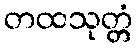
တထသုတ္တံ